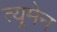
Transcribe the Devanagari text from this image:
त्यूमेन